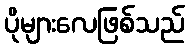
ပိုများလေဖြစ်သည်